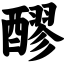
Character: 醪